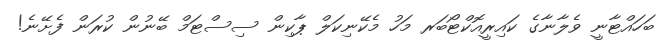
ބަހައްޓާނީ ވެލާނާގެ ކައިރީއޮކްޓޯބަރ މަހު މެކޭނިކަލް ޕާކިން ސިސްޓަމް ބޭނުން ކުރަން ފެށޭނެ!